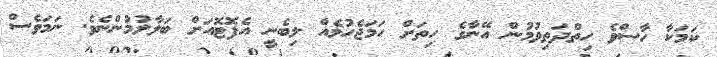
ކަމަކާ ހާސްވެ ހިތްދަތިވުމުން އޭނާގެ ހިތަށް ހަމަޖެހުމެއް ލިބެނީ އެފޮޓޮއަށް ބަލާލުމުންނެވެ. ނަމަވެސް